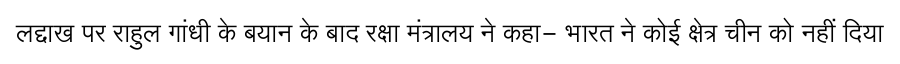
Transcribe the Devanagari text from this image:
लद्दाख पर राहुल गांधी के बयान के बाद रक्षा मंत्रालय ने कहा- भारत ने कोई क्षेत्र चीन को नहीं दिया